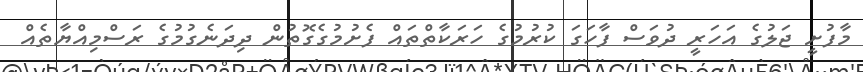
މާފުށީ ޖަލުގެ އަހަރީ ދުވަސް ފާހަގަ ކުރުމުގެ ހަރަކާތްތައް ފެށުމުގެގޮތުން ދިދަނެގުމުގެ ރަސްމިއްޔާތެއް